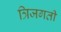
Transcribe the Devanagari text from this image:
त्रिजगती